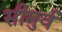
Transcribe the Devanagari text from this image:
सीमुर्व